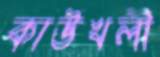
কাউখলী